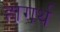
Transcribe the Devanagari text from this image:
हागर्थ